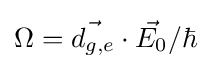
\Omega ={\vec {d_{g,e}}}\cdot {\vec {E_{0}}}/\hbar